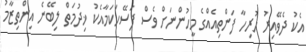
އެކު ދެވޭއިރު ހުރިހާ ފަންތިއެއްގެ މީހުންނަށް ވެސް ފަސޭހަކަމާއެކު ޚިދުމަތް ލިބޭނެ އިންތިޒާމު